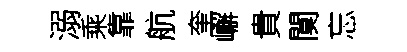
溺乘靠航奎嶰貴闃忘